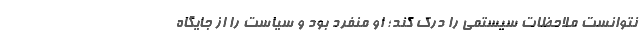
نتوانست ملاحظات سیستمی را درک کند؛ او منفرد بود و سیاست را از جایگاه